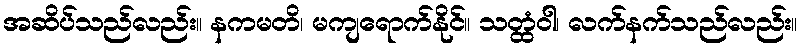
အဆိပ်သည်လည်း။ နကမတိ၊ မကျရောက်နိုင်။ သတ္ထံဝါ၊ လက်နက်သည်လည်း။